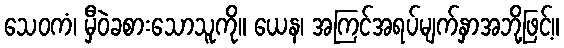
သေဝကံ၊ မှီဝဲခစားသောသူကို။ ယေန၊ အကြင်အရပ်မျက်နှာအဘို့ဖြင့်။